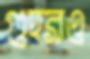
গুহরও